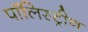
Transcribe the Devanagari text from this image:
पॉलिस्ट्रीन